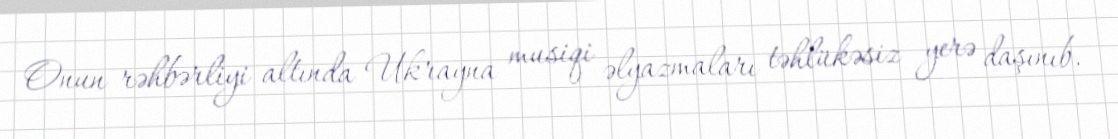
Onun rəhbərliyi altında Ukrayna musiqi əlyazmaları təhlükəsiz yerə daşınıb.